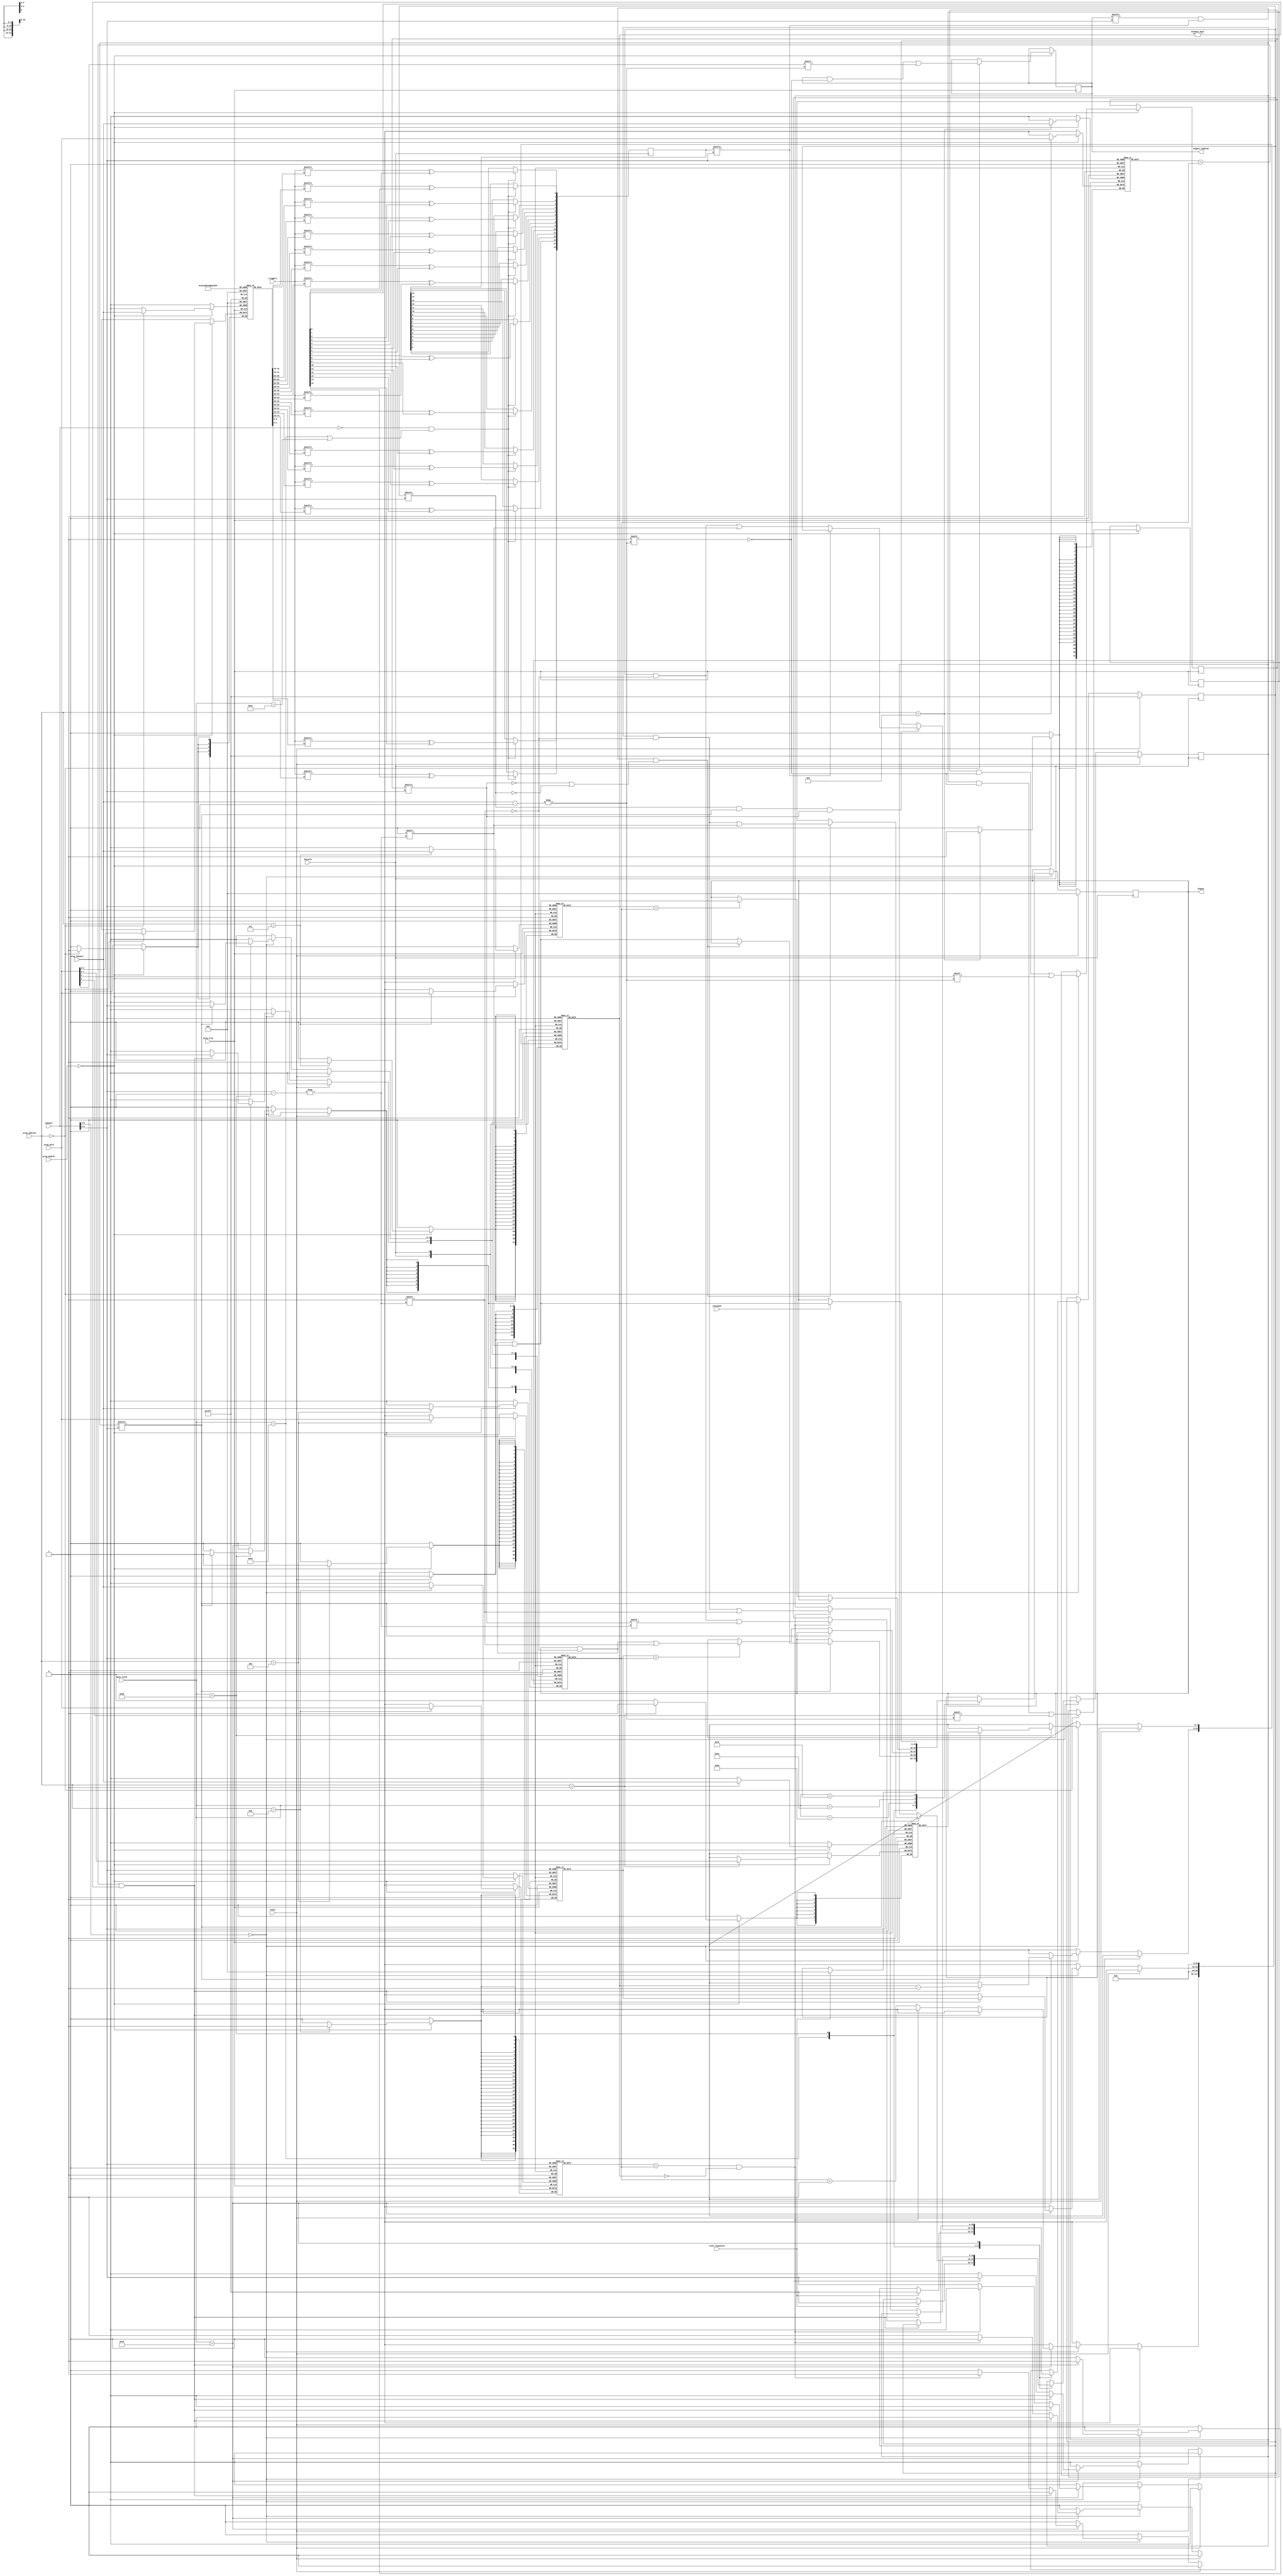
`timescale 1ns / 1ps
//////////////////////////////////////////////////////////////////////////////////
// Company: 		 Intan Technologies, LLC
// 
// Design Name: 	 RHS2000 Rhythm Stim Interface
// Module Name:    digout_sequencer 
// Project Name:   Opal Kelly FPGA/USB RHS2000 Interface
// Target Devices: 
// Tool versions: 
// Description:    Generate pulse control signals for 16 digital outputs.
//
// Dependencies: 
//
// Revision:       1.0 (26 October 2016)
// Revision 0.01 - File Created
// Additional Comments: 
//
//////////////////////////////////////////////////////////////////////////////////

module digout_sequencer #(
	parameter MODULE = 0
	)
	(
	input wire			reset,
	input wire			dataclk,
	input wire [31:0] main_state,
	input wire [5:0]	channel,
	input wire [3:0]  prog_channel,
	input wire [3:0]	prog_address,
	input wire [4:0]  prog_module,
	input wire [31:0] prog_word, //Make this a 32 bit wire value
	input wire			prog_trig,
	input wire [31:0] triggers,
	output reg [15:0] digout,
	output wire [15:0] digout_enabled,
	input wire			shutdown,
	input wire			reset_sequencer
   );

	reg [31:0] counter[15:0]; //Adjust counter so it can go up to 32 bits for all 16 channels
	
	reg [4:0] trigger_source[15:0];
	reg [15:0] trigger_on_edge;
	reg [15:0] trigger_polarity;
	reg [15:0] trigger_enable;
	
	reg [7:0] number_of_stim_pulses[15:0];
	
	reg [15:0] waiting_for_trigger, waiting_for_edge;
	reg [7:0] stim_counter[15:0]; // Keeps track of the total number of pulses
	
	// We can have 32 bit registers here to accept 32 bit wire in values in order to have longer
	// stimulation pulses and delays between each.
	reg [31:0] event_start_stim[15:0];
	reg [31:0] event_end_stim[15:0];
	reg [31:0] event_repeat_stim[15:0];
	reg [31:0] event_end[15:0];
	
	assign digout_enabled = trigger_enable;
	
	// Trigger selection
	reg [15:0] trigger_in;

	always @(posedge dataclk) begin
		if (channel == 0 && (main_state == 99 || main_state == 100)) begin
			trigger_in[0] <= triggers[trigger_source[0]] ^ trigger_polarity[0];
			trigger_in[1] <= triggers[trigger_source[1]] ^ trigger_polarity[1];
			trigger_in[2] <= triggers[trigger_source[2]] ^ trigger_polarity[2];
			trigger_in[3] <= triggers[trigger_source[3]] ^ trigger_polarity[3];
			trigger_in[4] <= triggers[trigger_source[4]] ^ trigger_polarity[4];
			trigger_in[5] <= triggers[trigger_source[5]] ^ trigger_polarity[5];
			trigger_in[6] <= triggers[trigger_source[6]] ^ trigger_polarity[6];
			trigger_in[7] <= triggers[trigger_source[7]] ^ trigger_polarity[7];
			trigger_in[8] <= triggers[trigger_source[8]] ^ trigger_polarity[8];
			trigger_in[9] <= triggers[trigger_source[9]] ^ trigger_polarity[9];
			trigger_in[10] <= triggers[trigger_source[10]] ^ trigger_polarity[10];
			trigger_in[11] <= triggers[trigger_source[11]] ^ trigger_polarity[11];
			trigger_in[12] <= triggers[trigger_source[12]] ^ trigger_polarity[12];
			trigger_in[13] <= triggers[trigger_source[13]] ^ trigger_polarity[13];
			trigger_in[14] <= triggers[trigger_source[14]] ^ trigger_polarity[14];
			trigger_in[15] <= triggers[trigger_source[15]] ^ trigger_polarity[15];
		end
	end
	
	// Register programming
	always @(posedge prog_trig) begin
		if (prog_module == MODULE) begin
			case (prog_address)
				0: begin
						trigger_source[prog_channel] <= prog_word[4:0];
						trigger_on_edge[prog_channel] <= prog_word[5];
						trigger_polarity[prog_channel] <= prog_word[6];
						trigger_enable[prog_channel] <= prog_word[7];
					end
				1: begin
						number_of_stim_pulses[prog_channel] <= prog_word[7:0];
					end
				4: event_start_stim[prog_channel] <= prog_word;
				7: event_end_stim[prog_channel] <= prog_word;
				8: event_repeat_stim[prog_channel] <= prog_word;
				13: event_end[prog_channel] <= prog_word;
			endcase
		end
	end
	
	wire [3:0] addr;
	assign addr = channel[3:0];
	
	// State machine for stim sequencing
	
	always @(posedge dataclk) begin
		if (reset) begin
			digout <= 16'b0;
			waiting_for_trigger <=16'hffff;
			waiting_for_edge <=16'hffff;
		end else begin
			if (channel[5:4] == 2'b00) begin // only for channel = 0-15
				case (main_state)
					99: begin
						if (reset_sequencer) begin
							digout <= 16'b0;
							waiting_for_trigger <=16'hffff;
							waiting_for_edge <=16'hffff;						
						end
					end
					102: begin
						if (waiting_for_edge[addr] && waiting_for_trigger[addr] && trigger_on_edge[addr]) begin
							if (~trigger_in[addr]) begin
								waiting_for_edge[addr] <= 1'b0;
							end
						end
						if (waiting_for_trigger[addr]) begin
							counter[addr] <= 32'b0;
							stim_counter[addr] <= number_of_stim_pulses[addr];
							if (trigger_enable[addr] && trigger_in[addr] && (~trigger_on_edge[addr] || ~waiting_for_edge[addr])) begin
								waiting_for_trigger[addr] <= 1'b0;
							end else begin
								digout[addr] <= 1'b0;
							end
						end
					end
					
					106: begin
						if (~waiting_for_trigger[addr]) begin
							if (event_start_stim[addr] == counter[addr]) begin
								digout[addr] <= 1'b1;
							end
						end
					end

					110: begin
						if (~waiting_for_trigger[addr]) begin
							if (event_end_stim[addr] == counter[addr]) begin
								digout[addr] <= 1'b0;
							end
						end
					end
					
					114: begin
						if (shutdown) begin
							digout[addr] <= 1'b0;
						end
					end
					
					118: begin
						// If we have reachd the end repeat time, and there are still pulses
						if (event_repeat_stim[addr] == counter[addr] && stim_counter[addr] != 8'b0) begin
							counter[addr] <= event_start_stim[addr];
							stim_counter[addr] <= stim_counter[addr] - 1;
							
						// We have reached the end and there are no pulses left
						end else if (event_end[addr] == counter[addr] && stim_counter[addr] == 8'b0) begin
							counter[addr] <= 32'b0;
							waiting_for_trigger[addr] <= 1'b1;
							waiting_for_edge[addr] <= trigger_on_edge[addr];
						end else begin
							counter[addr] <= counter[addr] + 1;
						end
					end
					default: begin
					
					end
				endcase
			end
		end
	end
	
endmodule